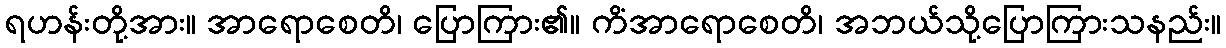
ရဟန်းတို့အား။ အာရောစေတိ၊ ပြောကြား၏။ ကိံအာရောစေတိ၊ အဘယ်သို့ပြောကြားသနည်း။